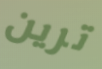
ترين